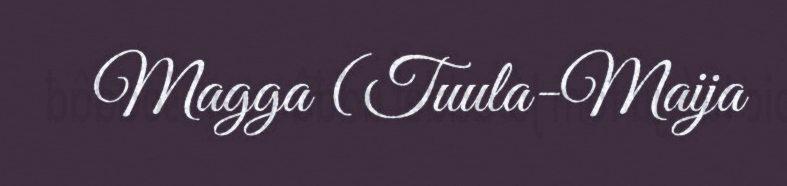
Magga (Tuula-Maija